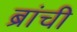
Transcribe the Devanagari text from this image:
ब्रांची